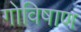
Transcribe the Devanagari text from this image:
गोविषाण